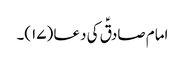
امام صادقؑ کی دعا (۱۷)۔